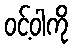
ဝင့်ဝါကို